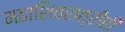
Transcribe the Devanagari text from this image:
महाशिवरात्रीही